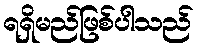
ရရှိမည်ဖြစ်ပါသည်